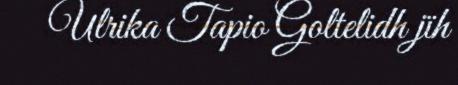
Ulrika Tapio Goltelidh jïh